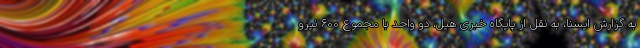
به گزارش ایسنا، به نقل از پایگاه خبری هیل، دو واحد با مجموع ۶۰۰ نیرو